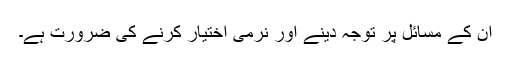
ان کے مسائل پر توجہ دینے اور نرمی اختیار کرنے کی ضرورت ہے۔